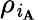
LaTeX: \rho_{\mathit{i}_{\mathbf{{A}}}}